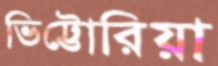
ভিট্টোরিয়া